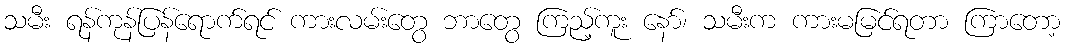
သမီး ရန်ကုန်ပြန်ရောက်ရင် ကားလမ်းတွေ ဘာတွေ ကြည့်ကူး နော်၊ သမီးက ကားမမြင်ရတာ ကြာတော့